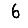
Digit: 6